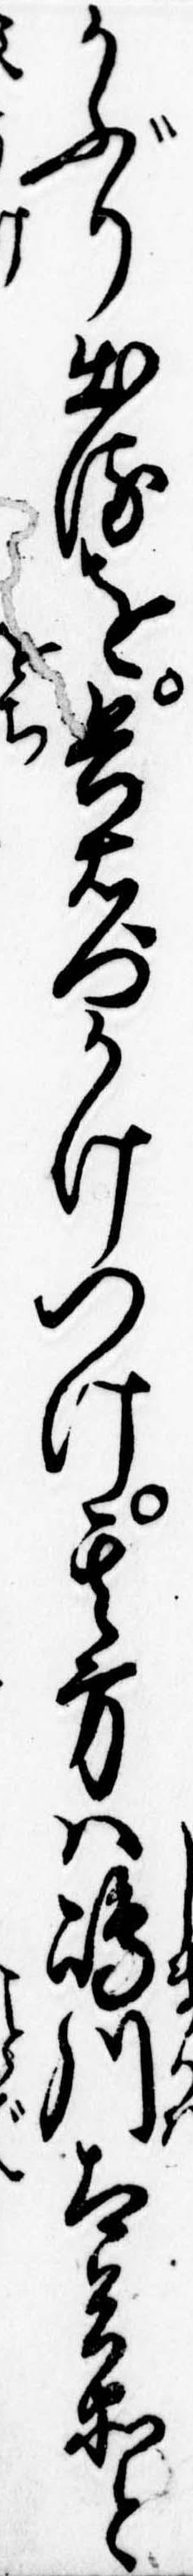
かぶり出るを兵右門かけつけ其方は島川太兵衛と